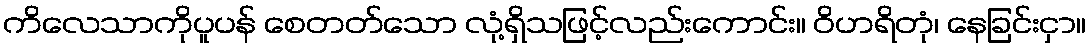
ကိလေသာကိုပူပန် စေတတ်သော လုံ့ရှိသဖြင့်လည်းကောင်း။ ဝိဟရိတုံ၊ နေခြင်းငှာ။